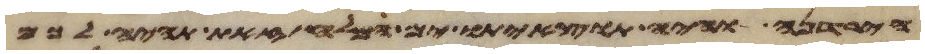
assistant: הירדנה והיה תוצאיתו ים המלח זאת תהיה לכם